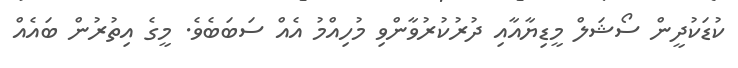
ކުޑަކުދީން ސޯޝަލް މީޑިޔާއާއި ދުރުކުރުވާންވި މުހިއްމު އެއް ސަބަބެވެ. މީގެ އިތުރުން ބައެއް